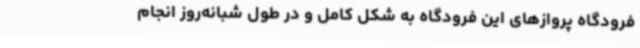
فرودگاه پروازهای این فرودگاه به شکل کامل و در طول شبانه‌روز انجام